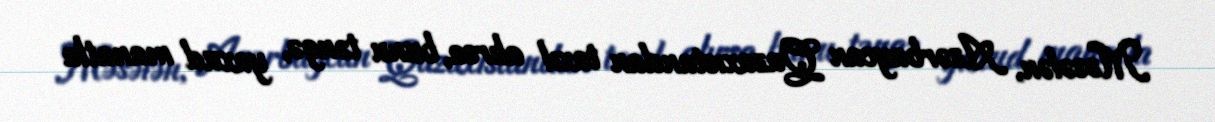
Məsələn, Azərbaycan Qazaxıstandan taxıl alırsa, bunu təngə, yaxud manatla